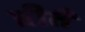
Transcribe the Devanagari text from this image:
प्रीतै